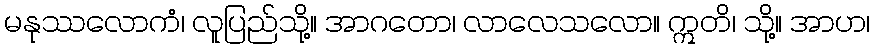
မနုဿလောကံ၊ လူပြည်သို့။ အာဂတော၊ လာလေသလော။ ဣတိ၊ သို့။ အာဟ၊